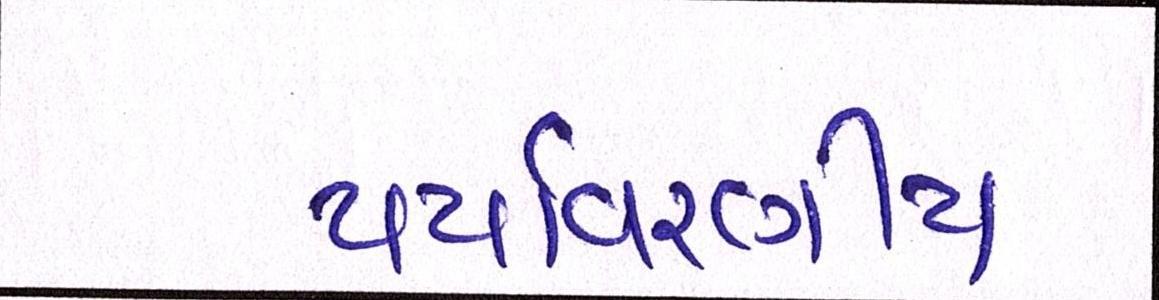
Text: પર્યાવરણીય